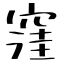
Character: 窪